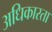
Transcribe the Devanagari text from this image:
अधिकारता